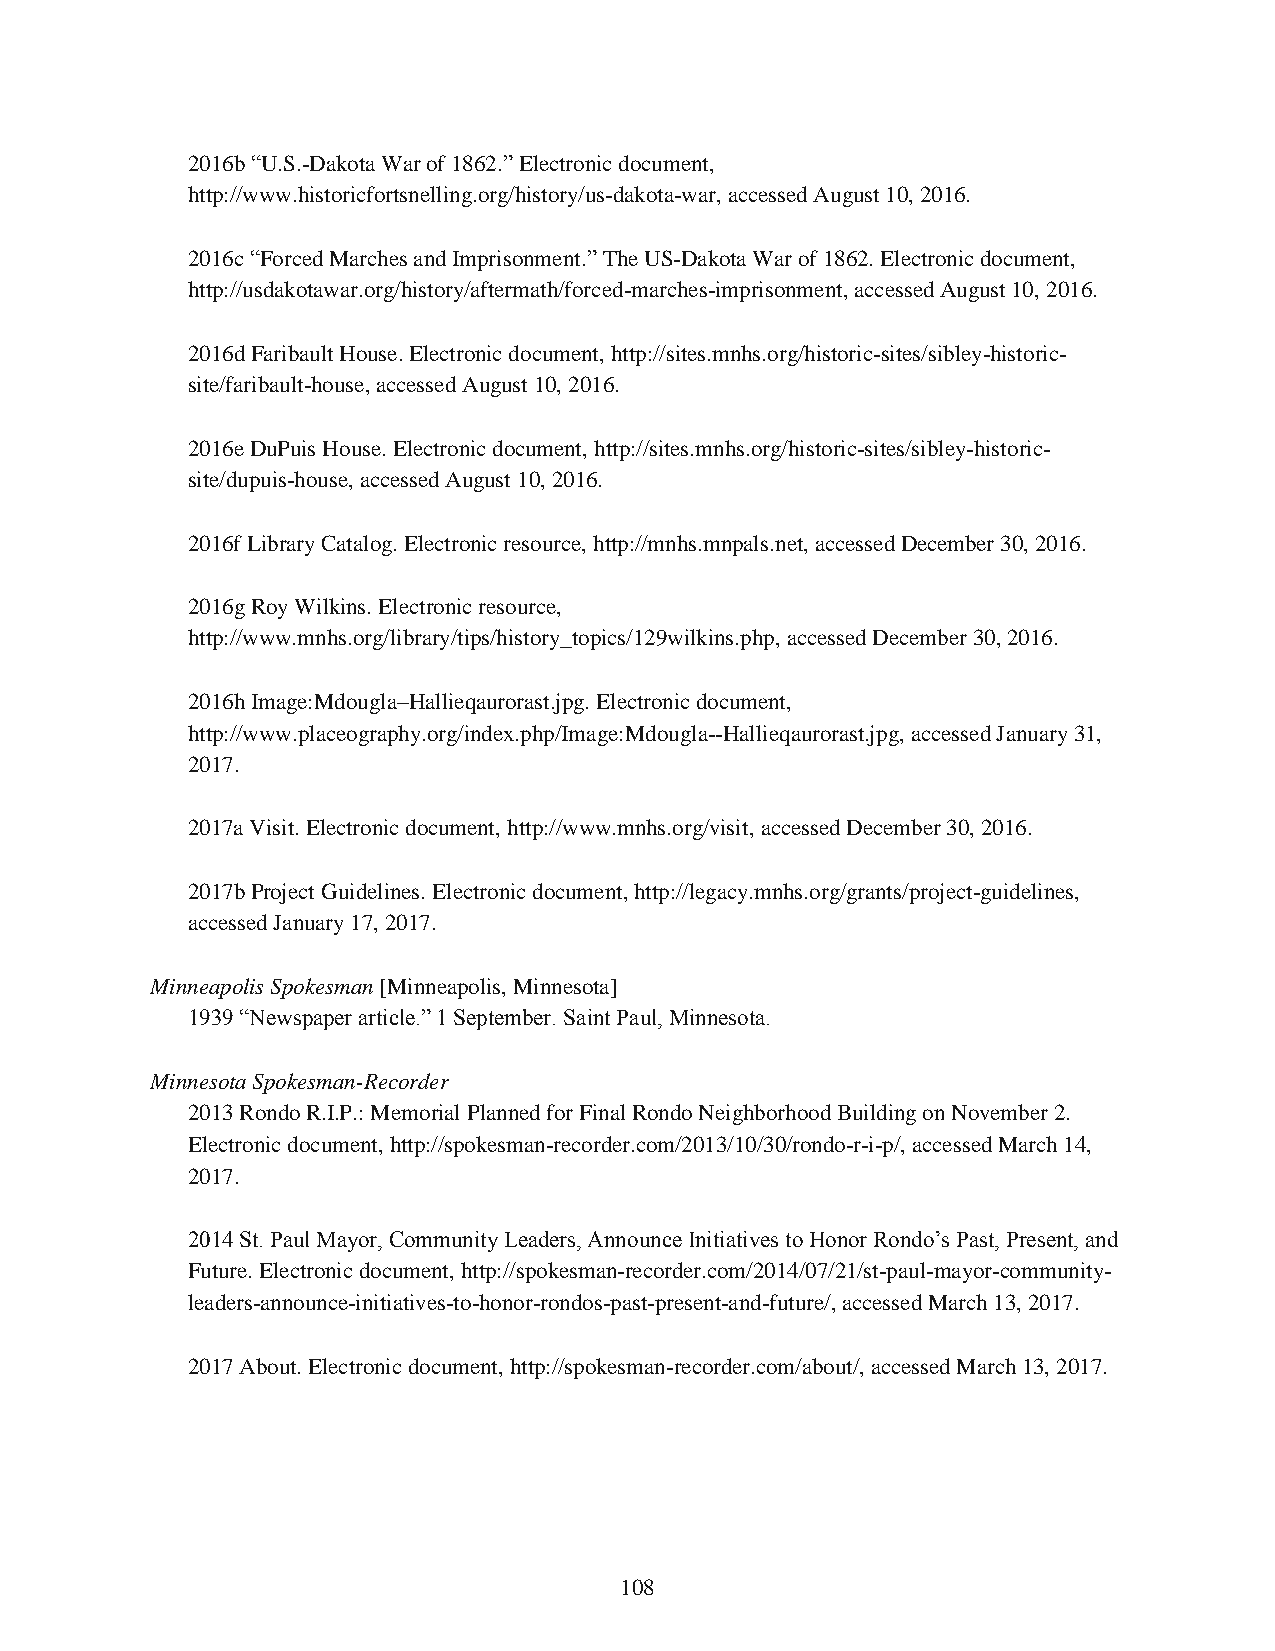
2016b “U.S.-Dakota War of 1862.” Electronic document,
 http://www.historicfortsnelling.org/history/us-dakota-war, accessed August 10, 2016.
 2016c “Forced Marches and Imprisonment.” The US-Dakota War of 1862. Electronic document,
 http://usdakotawar.org/history/aftermath/forced-marches-imprisonment, accessed August 10, 2016.
 2016d Faribault House. Electronic document, http://sites.mnhs.org/historic-sites/sibley-historic-
 site/faribault-house, accessed August 10, 2016.
 2016e DuPuis House. Electronic document, http://sites.mnhs.org/historic-sites/sibley-historic-
 site/dupuis-house, accessed August 10, 2016.
 2016f Library Catalog. Electronic resource, http://mnhs.mnpals.net, accessed December 30, 2016.
 2016g Roy Wilkins. Electronic resource,
 http://www.mnhs.org/library/tips/history_topics/129wilkins.php, accessed December 30, 2016.
 2016h Image:Mdougla–Hallieqaurorast.jpg. Electronic document,
 http://www.placeography.org/index.php/Image:Mdougla--Hallieqaurorast.jpg, accessed January 31,
 2017.
 2017a Visit. Electronic document, http://www.mnhs.org/visit, accessed December 30, 2016.
 2017b Project Guidelines. Electronic document, http://legacy.mnhs.org/grants/project-guidelines,
 accessed January 17, 2017.
 Minneapolis Spokesman [Minneapolis, Minnesota]
 1939 “Newspaper article.” 1 September. Saint Paul, Minnesota.
 Minnesota Spokesman-Recorder
 2013 Rondo R.I.P.: Memorial Planned for Final Rondo Neighborhood Building on November 2.
 Electronic document, http://spokesman-recorder.com/2013/10/30/rondo-r-i-p/, accessed March 14,
 2017.
 2014 St. Paul Mayor, Community Leaders, Announce Initiatives to Honor Rondo’s Past, Present, and
 Future. Electronic document, http://spokesman-recorder.com/2014/07/21/st-paul-mayor-community-
 leaders-announce-initiatives-to-honor-rondos-past-present-and-future/, accessed March 13, 2017.
 2017 About. Electronic document, http://spokesman-recorder.com/about/, accessed March 13, 2017.
 108